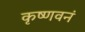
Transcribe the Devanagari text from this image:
कृष्णवनं